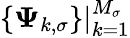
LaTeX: \{ \boldsymbol{\Psi}_{k,\sigma}\} \rvert_{k=1}^{M_{\sigma}}